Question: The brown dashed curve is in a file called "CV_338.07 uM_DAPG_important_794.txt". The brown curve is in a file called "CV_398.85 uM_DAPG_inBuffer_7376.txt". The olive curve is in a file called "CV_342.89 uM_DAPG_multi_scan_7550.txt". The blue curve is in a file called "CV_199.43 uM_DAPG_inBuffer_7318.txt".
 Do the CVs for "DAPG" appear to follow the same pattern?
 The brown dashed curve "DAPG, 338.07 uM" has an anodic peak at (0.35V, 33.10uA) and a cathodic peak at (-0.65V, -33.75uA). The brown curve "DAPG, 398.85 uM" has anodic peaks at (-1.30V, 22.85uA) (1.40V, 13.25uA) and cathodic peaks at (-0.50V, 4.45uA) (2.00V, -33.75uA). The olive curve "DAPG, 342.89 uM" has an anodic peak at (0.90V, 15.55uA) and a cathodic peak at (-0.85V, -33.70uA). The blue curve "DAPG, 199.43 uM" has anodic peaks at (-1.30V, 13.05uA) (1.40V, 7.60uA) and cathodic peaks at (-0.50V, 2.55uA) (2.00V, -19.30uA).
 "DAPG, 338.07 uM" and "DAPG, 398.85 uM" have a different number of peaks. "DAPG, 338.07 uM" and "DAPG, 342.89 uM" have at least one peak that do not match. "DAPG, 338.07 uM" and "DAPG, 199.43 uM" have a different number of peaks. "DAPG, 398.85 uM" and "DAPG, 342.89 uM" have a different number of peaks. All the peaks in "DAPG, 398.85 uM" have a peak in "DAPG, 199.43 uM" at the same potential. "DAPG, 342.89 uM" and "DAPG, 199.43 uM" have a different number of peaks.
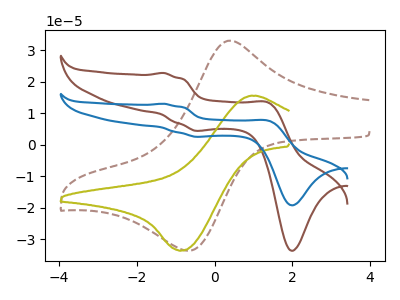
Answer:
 <answer>All the CV's of "DAPG" have similar shape.</answer>
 <eval>follow_rule</eval>